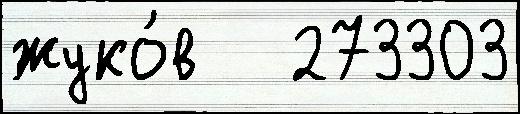
жуко́в   273303